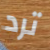
ترد